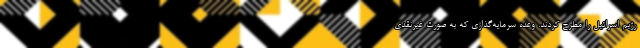
رژیم اسرائیل را مطرح کردند. وعده‌ سرمایه‌گذاری که به صورت غیرنقدی